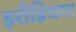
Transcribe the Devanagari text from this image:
इरीडियम।